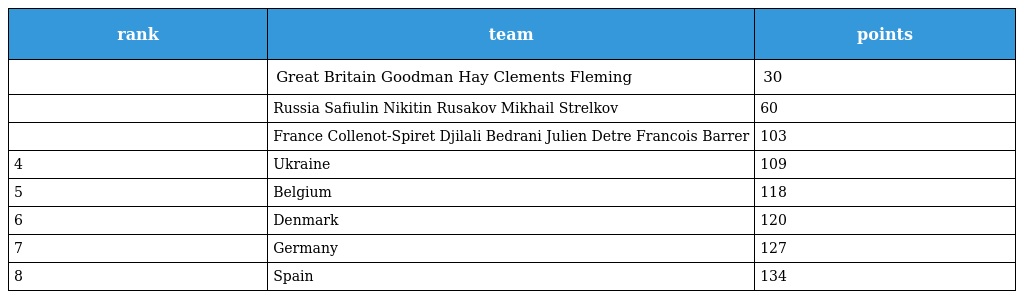
| rank | team | points |
 | --- | --- | --- |
 |  | Great Britain Goodman Hay Clements Fleming | 30 |
 |  | Russia Safiulin Nikitin Rusakov Mikhail Strelkov | 60 |
 |  | France Collenot-Spiret Djilali Bedrani Julien Detre Francois Barrer | 103 |
 | 4 | Ukraine | 109 |
 | 5 | Belgium | 118 |
 | 6 | Denmark | 120 |
 | 7 | Germany | 127 |
 | 8 | Spain | 134 |